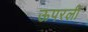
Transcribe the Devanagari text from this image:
ऊपरली